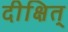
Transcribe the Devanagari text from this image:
दीक्षित्